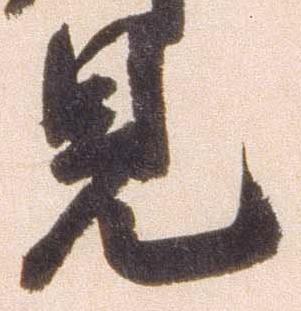
見